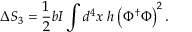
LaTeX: \Delta S _ { 3 } = \frac { 1 } { 2 } b I \int d ^ { 4 } x ~ h \left( \Phi ^ { \dagger } \Phi \right) ^ { 2 } .